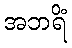
အဘရိံ